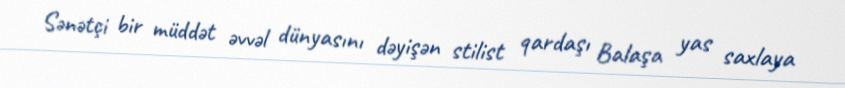
Sənətçi bir müddət əvvəl dünyasını dəyişən stilist qardaşı Balaşa yas saxlaya